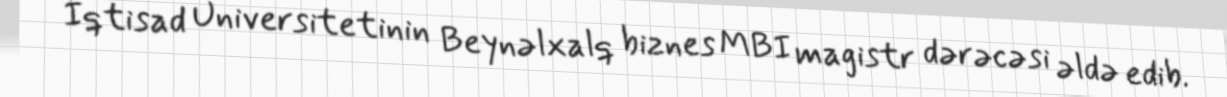
İqtisad Universitetinin Beynəlxalq biznes MBI magistr dərəcəsi əldə edib.